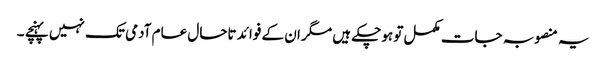
یہ منصوبہ جات مکمل تو ہوچکے ہیں مگر ان کے فوائد تاحال عام آدمی تک نہیں پہنچے ۔